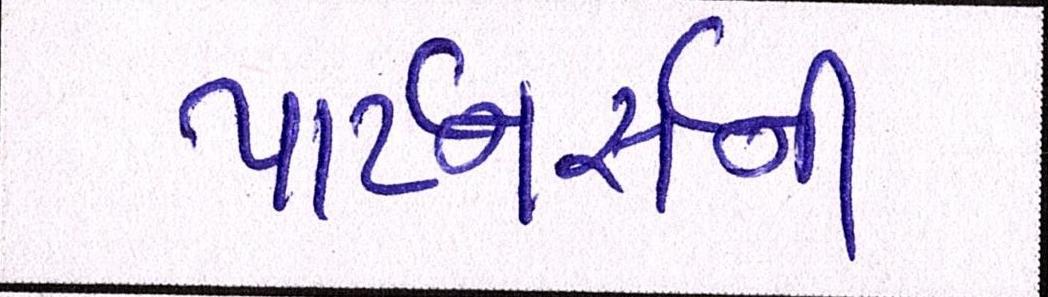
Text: પાર્ટનર્સની